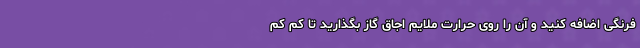
فرنگی اضافه کنید و آن را روی حرارت ملایم اجاق گاز بگذارید تا کم کم